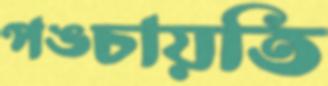
পঙ্চায়তি